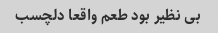
بی نظیر بود طعم واقعا دلچسب